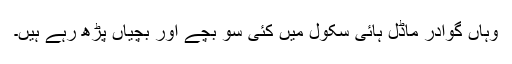
وہاں گوادر ماڈل ہائی سکول میں کئی سو بچے اور بچیاں پڑھ رہے ہیں۔